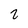
Character: 2